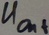
Text: UOut